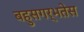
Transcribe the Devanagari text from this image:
बहुसगर्भतेस